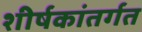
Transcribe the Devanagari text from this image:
शीर्षकांतर्गत